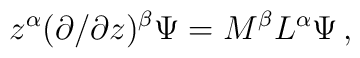
z^\alpha(\partial/\partial z)^\beta\Psi=M^\beta	L^\alpha\Psi\,,